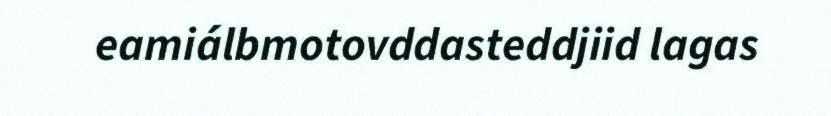
eamiálbmotovddasteddjiid lagas